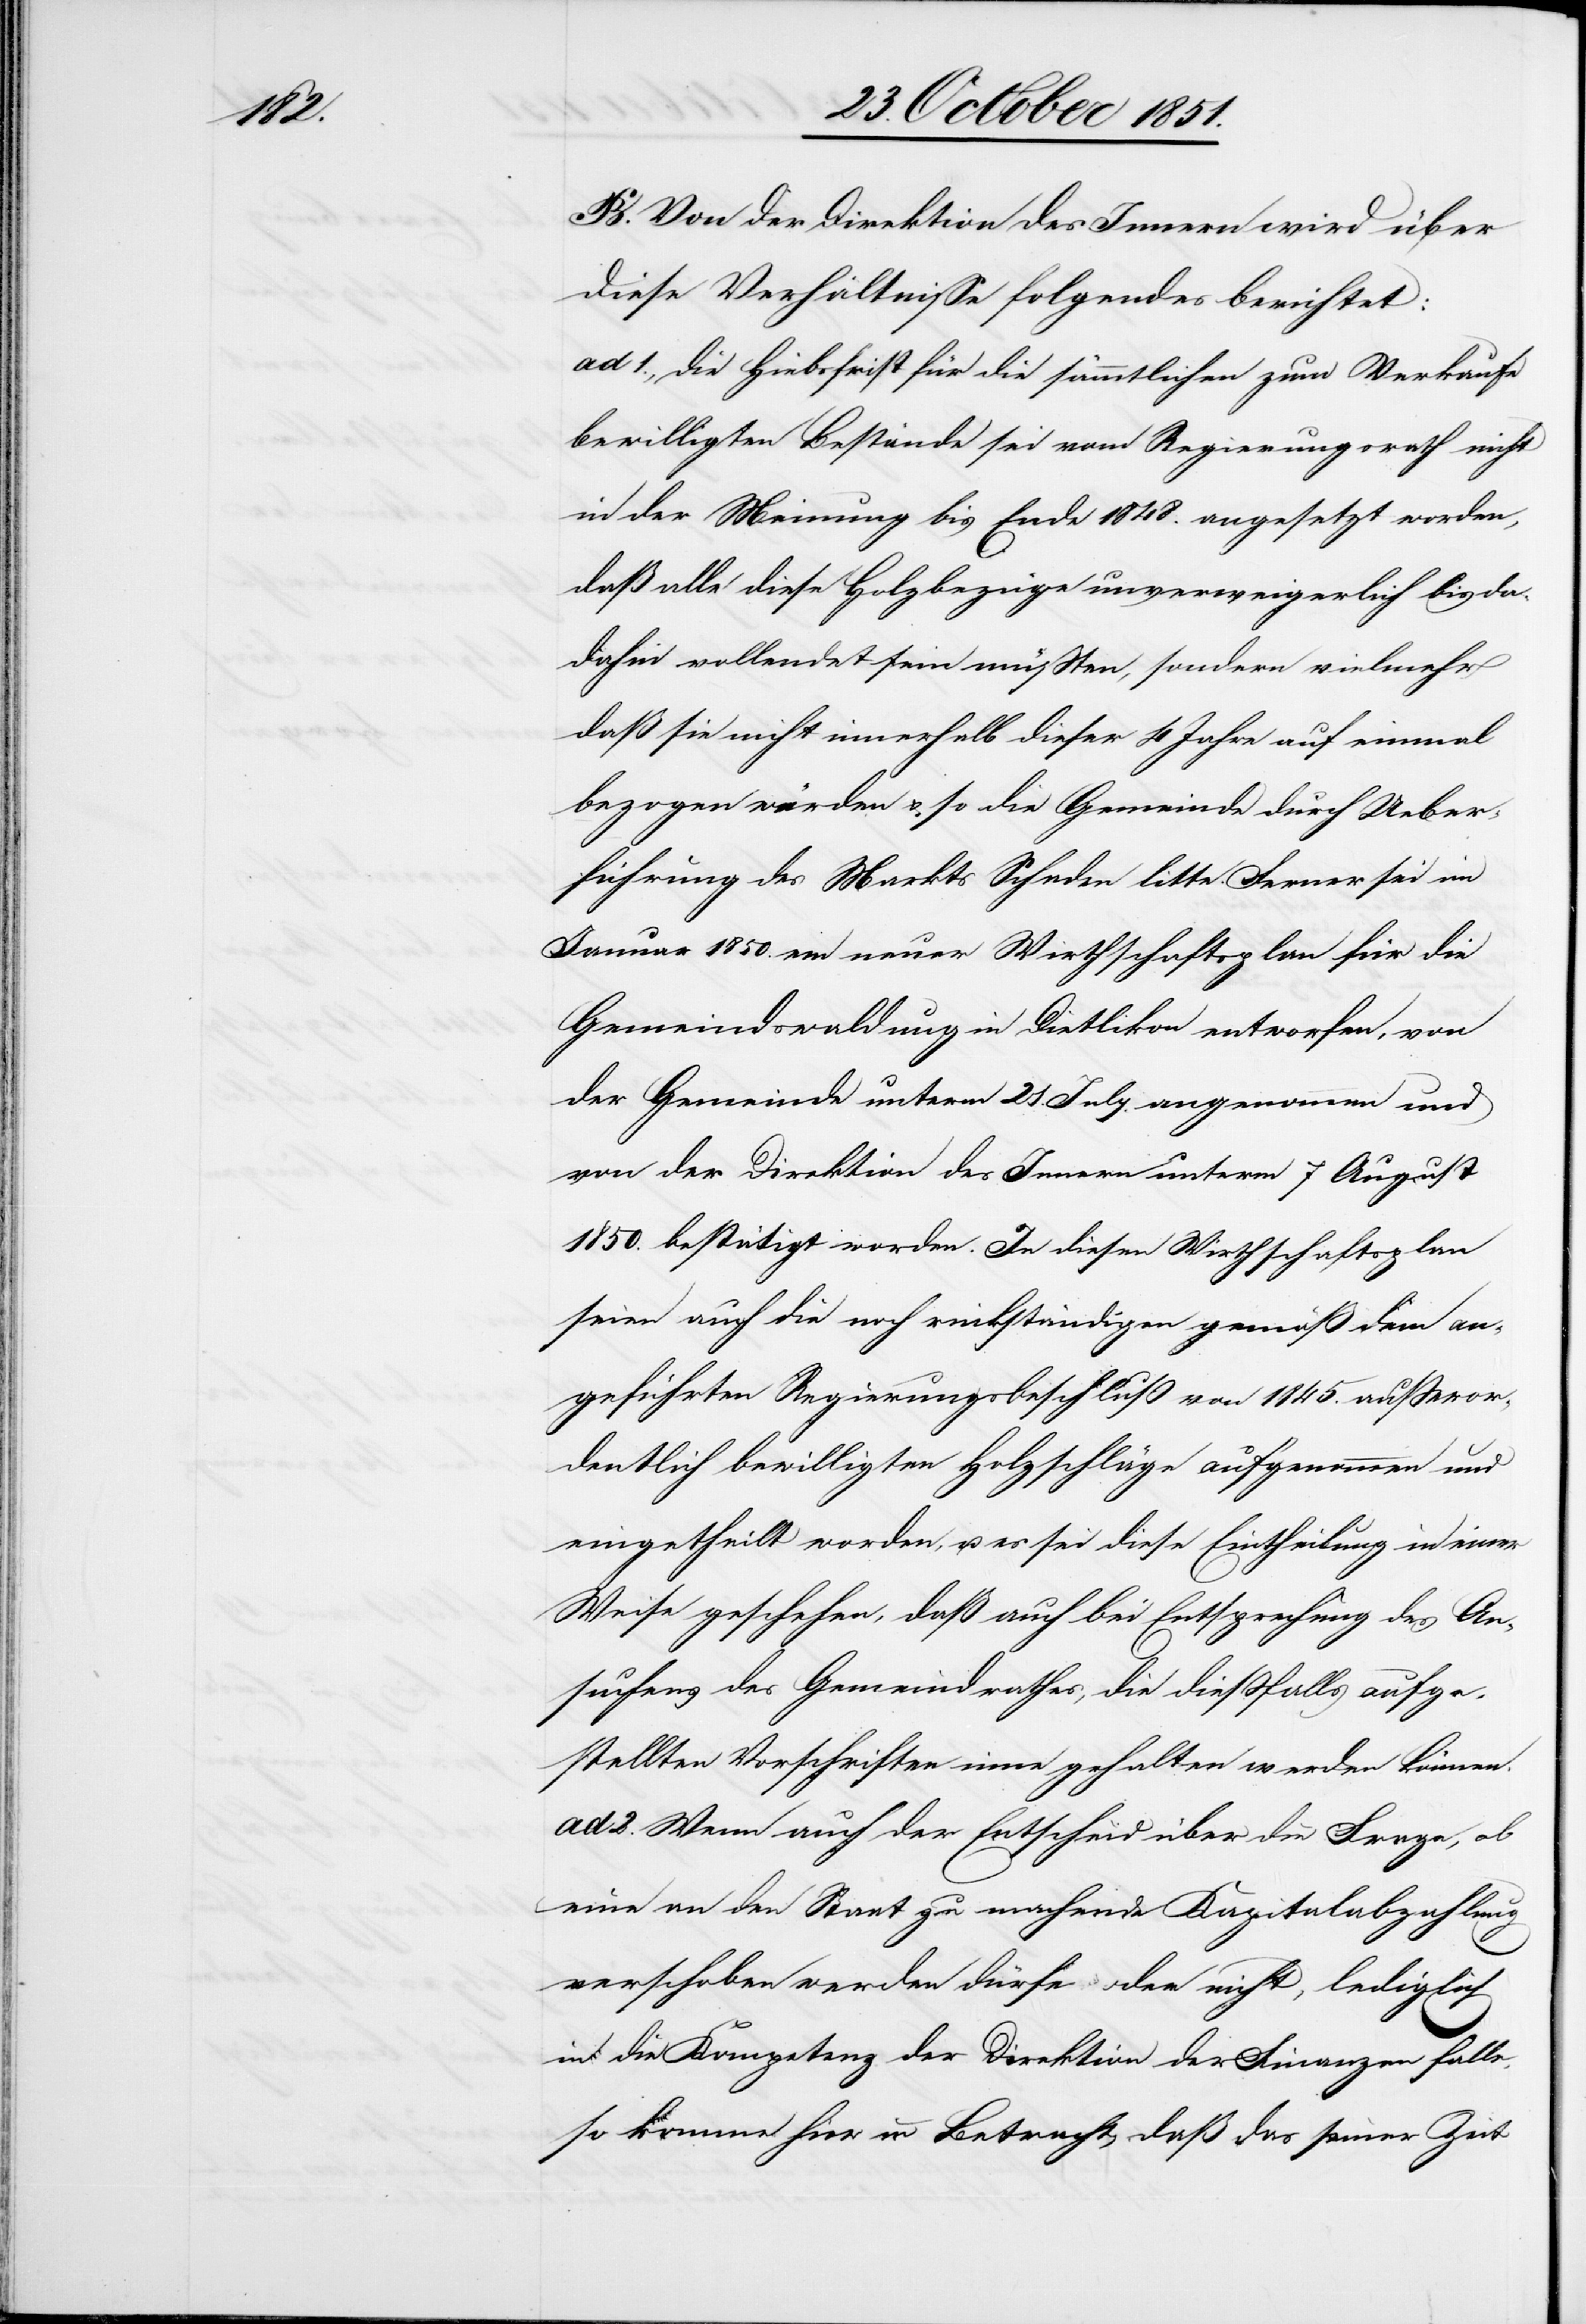
B. Von der Direktion des Innern wird über
diese Verhältnisse folgendes berichtet:
ad 1., die Hiebsfrist für die sämmtlichen zum Verkaufe
bewilligten Bestände sei vom Regierungsrath nicht
in der Meinung bis Ende 1848. angesetzt worden,
daß alle diese Holzbezüge unverweigerlich bis da¬
[sic!] vollendet sein müßten, sondern vielmehr
daß sie nicht innerhalb dieser 4 Jahre auf einmal
bezogen würden & so die Gemeinde durch Ueber¬
führung des Markts Schaden litte. Ferner sei im
Januar 1850. ein neuer Wirthschaftsplan für die
Gemeindswaldung in Dietlikon entworfen, von
der Gemeinde unterm 21. July. angenommen und
von der Direktion des Innern unterm 7 August
1850. bestätigt worden. In diesen Wirthschaftsplan
seien auch die noch rückständigen gemäß dem an¬
geführten Regierungsbeschluß von 1845. außeror¬
dentlich bewilligten Holzschläge aufgenommen und
eingetheilt worden, u. es sei diese Eintheilung in einer
Weise geschehen, daß auch bei Entsprechung des An¬
suchens des Gemeindrathes, die dießfalls aufge¬
stellten Vorschriften inne gehalten werden können.
ad 2. Wenn auch der Entscheid über die Frage, ob
eine an den Staat zu machende Kapitalabzahlung
dahin
verschoben werden dürfe oder nicht, lediglich
in die Kompetenz der Direktion der Finanzen falle,
so komme hier in Betracht, daß das seiner Zeit